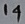
Text: 14